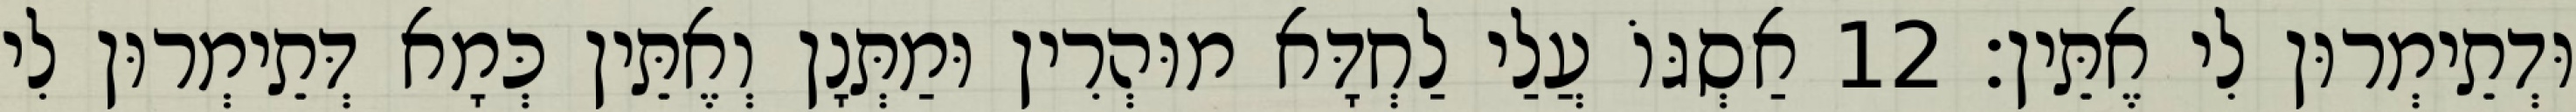
וּדְתֵימְרוּן לִי אֶתֵּין׃ 12 אַסְגּוֹ עֲלַי לַחְדָּא מוּהְרִין וּמַתְּנָן וְאֶתֵּין כְּמָא דְּתֵימְרוּן לִי